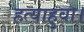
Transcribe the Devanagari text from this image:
हत्याहुवा।